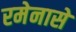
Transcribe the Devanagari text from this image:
रमेनासे